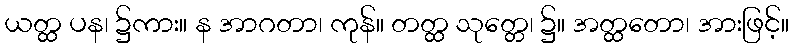
ယတ္ထ ပန၊ ၌ကား။ န အာဂတာ၊ ကုန်။ တတ္ထ သုတ္တေ၊ ၌။ အတ္ထတော၊ အားဖြင့်။